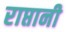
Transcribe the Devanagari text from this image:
राप्तानी